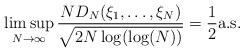
LaTeX: \begin{align*} \limsup_{N\to\infty}\frac{ND_N(\xi_1,\ldots,\xi_N)}{\sqrt{2N\log(\log(N))}}=\frac{1}{2} \textnormal{a.s.}\end{align*}